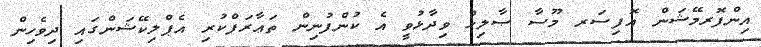
އިންފޮރމޭޝަން އޮފިސަރ މޫސާ ޞާލިޙް ވިދާޅުވީ އެ ކުންފުނިން ތަޢާރަފްކުރި އެޕްލިކޭޝަންގައި ދިވެހިން